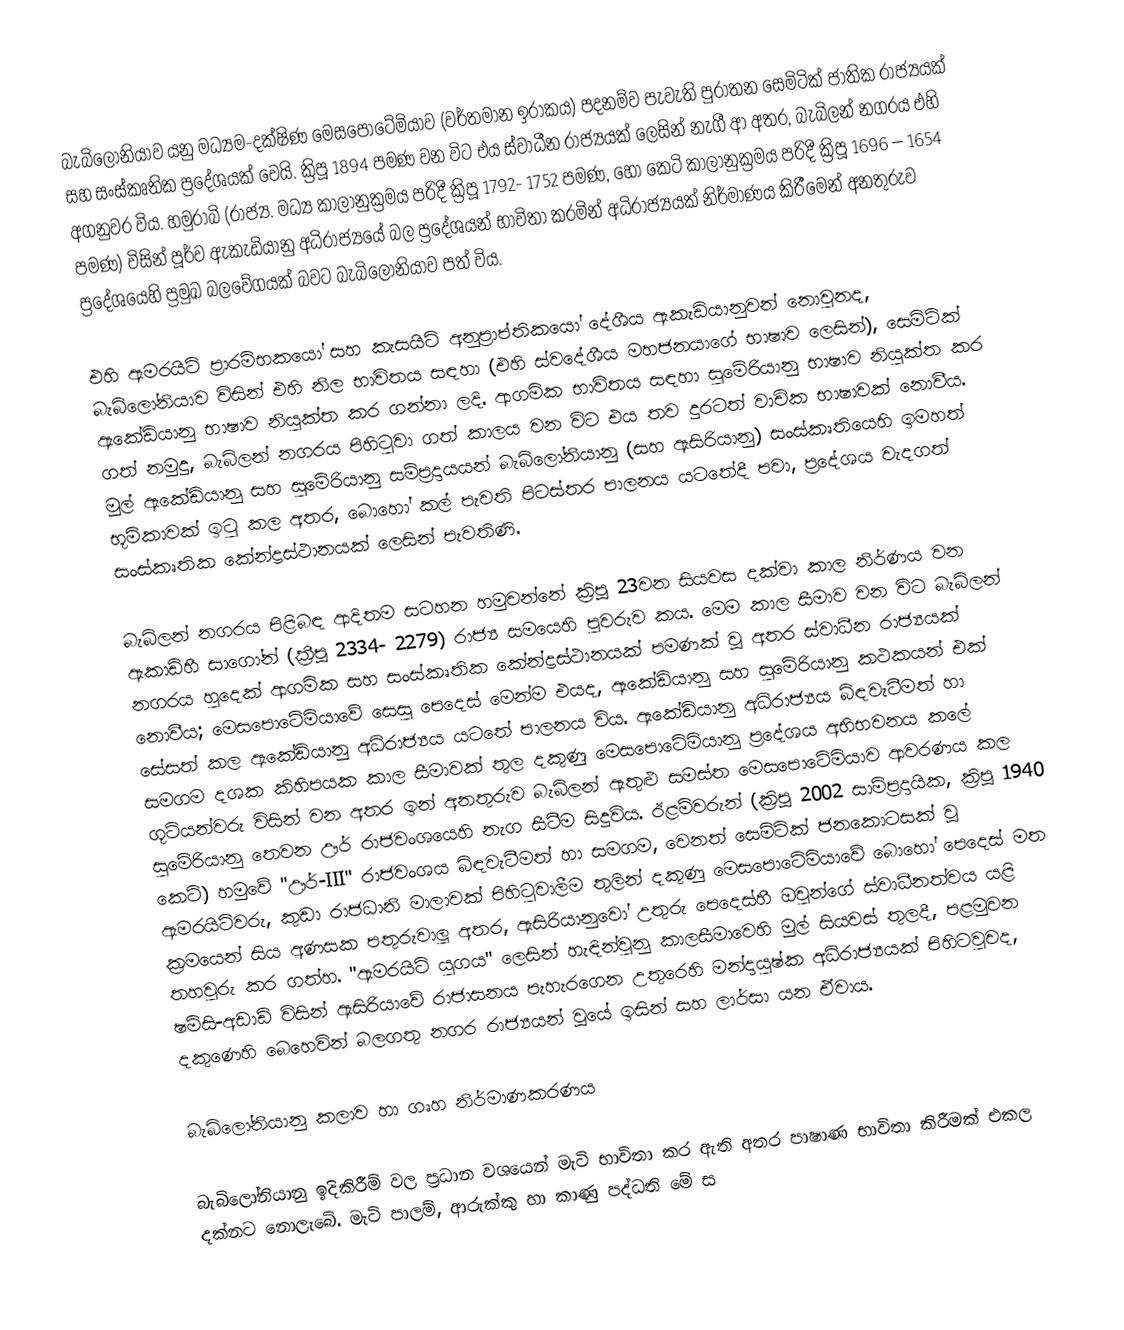
බැබිලෝනියාව යනු මධ්‍යම-දක්ෂිණ මෙසපොටේමියාව (වර්තමාන ඉරාකය) පදනම්ව පැවැති පුරාතන සෙමිටික් ජාතික රාජ්‍යයක් සහ සංස්කෘතික ප්‍රදේශයක් වෙයි. ක්‍රිපූ 1894 පමණ වන විට එය ස්වාධීන රාජ්‍යයක් ලෙසින් නැගී ආ අතර, බැබිලන් නගරය එහි අගනුවර විය. හමුරාබි (රාජ්‍ය. මධ්‍ය කාලානුක්‍රමය පරිදී ක්‍රිපූ 1792- 1752 පමණ, හෝ කෙටි කාලානුක්‍රමය පරිදී ක්‍රිපූ 1696 – 1654 පමණ) විසින්  පූර්ව ඇකැඩියානු අධිරාජ්‍යයේ බල ප්‍රදේශයන් භාවිතා කරමින් අධිරාජ්‍යයක් නිර්මාණය කිරීමෙන් අනතුරුව ප්‍රදේශයෙහි ප්‍රමුඛ බලවේගයක් බවට බැබිලෝනියාව පත් විය.

එහි ඇමරයිට් ප්‍රාරම්භකයෝ සහ කැසයිට් අනුප්‍රාප්තිකයෝ දේශීය ඇකැඩියානුවන් නොවුනද, බැබිලෝනියාව විසින් එහි  නිල භාවිතය සඳහා  (එහි ස්වදේශීය  මහජනයාගේ භාෂාව ලෙසින්), සෙමිටික් ඇකේඩියානු භාෂාව නියුක්ත කර ගන්නා ලදි.  ආගමික භාවිතය සඳහා සුමේරියානු භාෂාව නියුක්ත කර ගත් නමුදු, බැබිලන් නගරය පිහිටුවා ගත් කාලය වන විට එය තව දුරටත් වාචික භාෂාවක් නොවීය. මුල් ඇකේඩියානු සහ  සුමේරියානු සම්ප්‍රදායයන් බැබිලෝනියානු  (සහ ඇසිරියානු) සංස්කෘතියෙහි ඉමහත් භූමිකාවක් ඉටු කල අතර, බොහෝ කල් පැවති පිටස්තර පාලනය යටතේදී පවා, ප්‍රදේශය වැදගත් සංස්කෘතික කේන්ද්‍රස්ථානයක් ලෙසින් පැවතිණි.

බැබිලන් නගරය පිළිබඳ ආදිතම සටහන හමුවන්නේ ක්‍රිපූ 23වන සියවස දක්වා කාල නිර්ණය වන ඇකාඩ්හී සාගෝන්  (ක්‍රීපූ 2334- 2279) රාජ්‍ය සමයෙහි පුවරුව කය. මෙම කාල සීමාව වන විට බැබිලන් නගරය හුදෙක් ආගමික සහ සංස්කෘතික කේන්ද්‍රස්ථානයක් පමණක්  වූ අතර ස්වාධීන රාජ්‍යයක් නොවීය; මෙසපොටේමියාවේ සෙසු පෙදෙස්  මෙන්ම එයද, ඇකේඩියානු සහ සුමේරියානු කථකයන් එක් සේසත් කල ඇකේඩියානු අධිරාජ්‍යය යටතේ පාලනය විය.  ඇකේඩියානු අධිරාජ්‍යය බිඳවැටීමත් හා සමගම දශක කිහිපයක කාල සීමාවක් තුල දකුණු මෙසපොටේමියානු ප්‍රදේශය අභිභවනය කලේ  ගූටියන්වරු විසින් වන අතර ඉන් අනතුරුව බැබිලන් ඇතුළු සමස්ත මෙසපොටේමියාව ආවරණය කල සුමේරියානු තෙවන ඌර් රාජවංශයෙහි නැග සීටීම සිදුවිය. ඊළම්වරුන් (ක්‍රිපූ 2002 සාම්ප්‍රදායික, ක්‍රිපූ 1940 කෙටි) හමුවේ "ඌර්-III" රාජවංශය බිඳවැටීමත් හා සමගම,  වෙනත් සෙමිටික් ජනකොටසක් වූ ඇමරයිට්වරු, කුඩා රාජධානි මාලාවක් පිහිටුවාලීම තුලින් දකුණු මෙසපොටේමියාවේ බොහෝ පෙදෙස් මත ක්‍රමයෙන් සිය අණසක පතුරුවාලූ අතර, ඇසිරියානුවෝ උතුරු පෙදෙස්හී ඔවුන්ගේ ස්වාධීනත්වය යළි තහවුරු කර ගත්හ. "ඇමරයිට් යුගය" ලෙසින් හැඳින්වුනු කාලසීමාවෙහි මුල් සියවස් තුලදී, පළමුවන ෂම්සි-අඩාඩ් විසින් ඇසිරියාවේ රාජාසනය පැහැරගෙන  උතුරෙහි මන්දායුෂ්ක අධිරාජ්‍යයක් පිහිටවුවද,  දකුණෙහි බෙහෙවින් බලගතු නගර රාජ්‍යයන් වූයේ  ඉසින් සහ ලාර්සා යන ඒවාය.

බැබිලෝනියානු කලාව හා ගෘහ නිර්මාණකරණය

බැබිලෝනියානු ඉදිකිරීම් වල ප්‍රධාන වශයෙන් මැටි භාවිතා කර ඇති අතර පාෂාණ භාවිතා කිරීමක් එකල දක්නට නොලැබේ. මැටි පාලම්, ආරුක්කු හා කාණු පද්ධති මේ ස